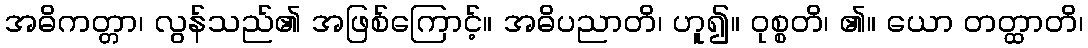
အဓိကတ္တာ၊ လွန်သည်၏ အဖြစ်ကြောင့်။ အဓိပညာတိ၊ ဟူ၍။ ဝုစ္စတိ၊ ၏။ ယော တတ္ထာတိ၊